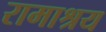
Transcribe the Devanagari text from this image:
रामाश्रय